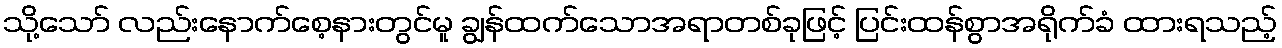
သို့သော် လည်းနောက်စေ့နားတွင်မူ ချွန်ထက်သောအရာတစ်ခုဖြင့် ပြင်းထန်စွာအရိုက်ခံ ထားရသည့်